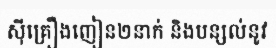
ស៊ីគ្រឿងញៀន២នាក់ និងបន្សល់នូវ